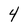
Character: 4